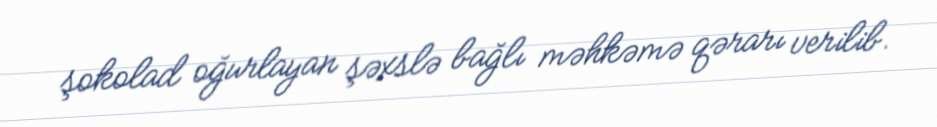
şokolad oğurlayan şəxslə bağlı məhkəmə qərarı verilib.